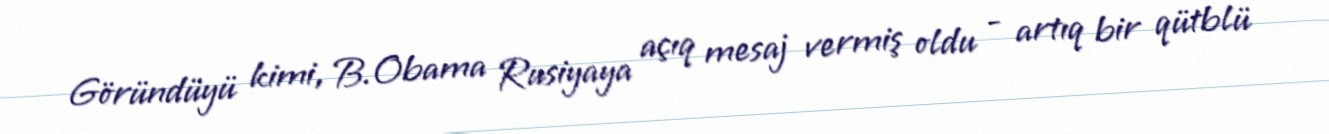
Göründüyü kimi, B.Obama Rusiyaya açıq mesaj vermiş oldu - artıq bir qütblü